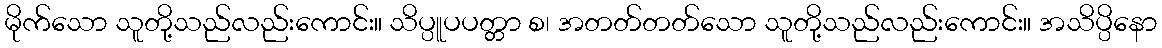
မိုက်သော သူတို့သည်လည်းကောင်း။ သိပ္ပူပပတ္တာ စ၊ အတတ်တတ်သော သူတို့သည်လည်းကောင်း။ အသိပ္ပိနော